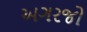
અગરજો